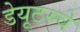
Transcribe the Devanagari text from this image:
डेयूटस्चे